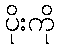
ပိုးကို